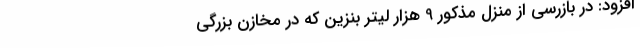
افزود: در بازرسی از منزل مذکور 9 هزار لیتر بنزین که در مخازن بزرگی